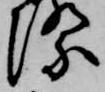
際